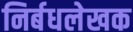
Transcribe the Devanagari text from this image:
निर्बधलेखक